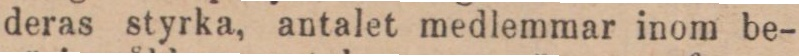
deras styrka, antalet medlemmar inom be-